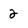
Character: 2